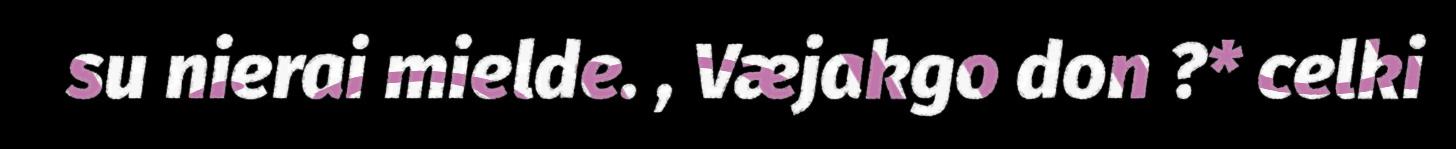
su nierai mielde. , Væjakgo don ?* celki